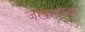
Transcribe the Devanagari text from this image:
जखमांच्या